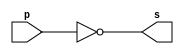
// -------------------------
// Exemplo0002 - NOT
// Nome: TIAGO MATTA MACHADO ZAIDAN	
// -------------------------
// -------------------------
// -- not gate
// -------------------------
module notgate (output s,
input p);
assign s = ~p;
endmodule // notgate
// -------------------------
// -- test not gate
// -------------------------
module testnotgate;
// ------------------------- dados locais
reg a; // definir registrador
// (variavel independente)
wire s; // definir conexao (fio)
// (variavel dependente )
// ------------------------- instancia
notgate NOT1 (s, a);
// ------------------------- preparacao
initial begin:start
a=0; // valor inicial
end
// ------------------------- parte principal
initial begin
$display("Exemplo0002 - TIAGO MATTA MACHADO ZAIDAN - 451620");
$display("Test NOT gate");
$display("\n~a = s\n");
a=0;
#1 $display("~%b = %b", a, s);
a=1;
#1 $display("~%b = %b", a, s);
end
endmodule // testnotgate